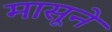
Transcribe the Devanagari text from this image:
मासूने